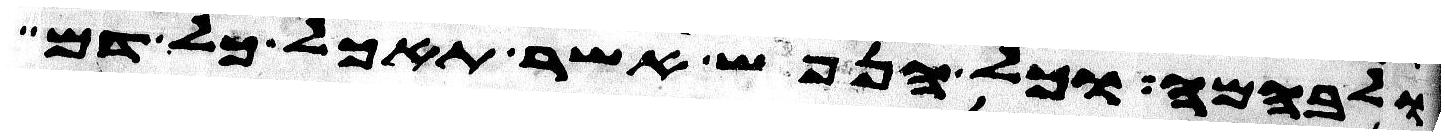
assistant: ולבהמה וכל הנפש אשר תאכל כל דם